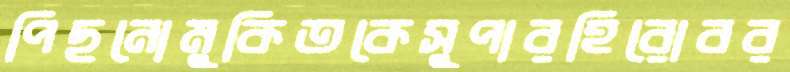
পিছনোমুকিতকেসুপারহিরোবর